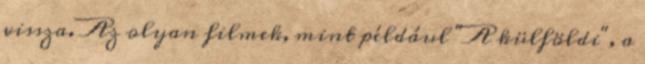
vissza. Az olyan filmek, mint például "A külföldi", a